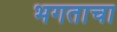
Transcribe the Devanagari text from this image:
भगताचा